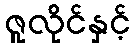
ဇူလိုင်နှင့်